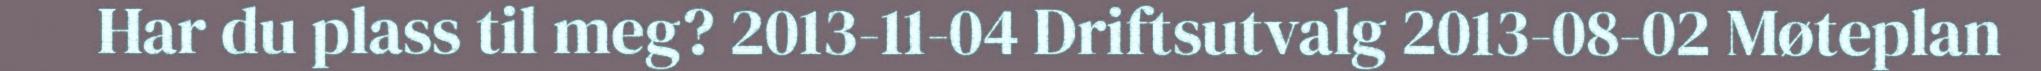
Har du plass til meg? 2013-11-04 Driftsutvalg 2013-08-02 Møteplan